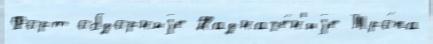
Форт обзорныjе Назначе́н'иjе Тро́па